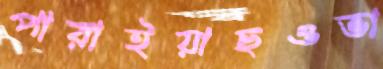
পারাইয়াছওভা